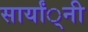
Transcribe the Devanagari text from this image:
सार्यां्नी